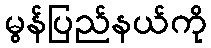
မွန်ပြည်နယ်ကို